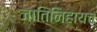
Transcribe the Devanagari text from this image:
जातिनिहायच